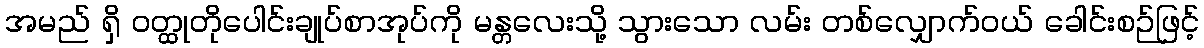
အမည် ရှိ ဝတ္ထုတိုပေါင်းချုပ်စာအုပ်ကို မန္တလေးသို့ သွားသော လမ်း တစ်လျှောက်ဝယ် ခေါင်းစဉ်ဖြင့်